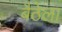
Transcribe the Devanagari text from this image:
बैठेला